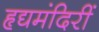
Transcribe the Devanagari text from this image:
हृद्यमंदिरीं